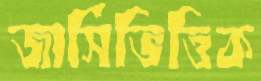
জার্সিভিত্তিক